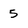
Character: 5